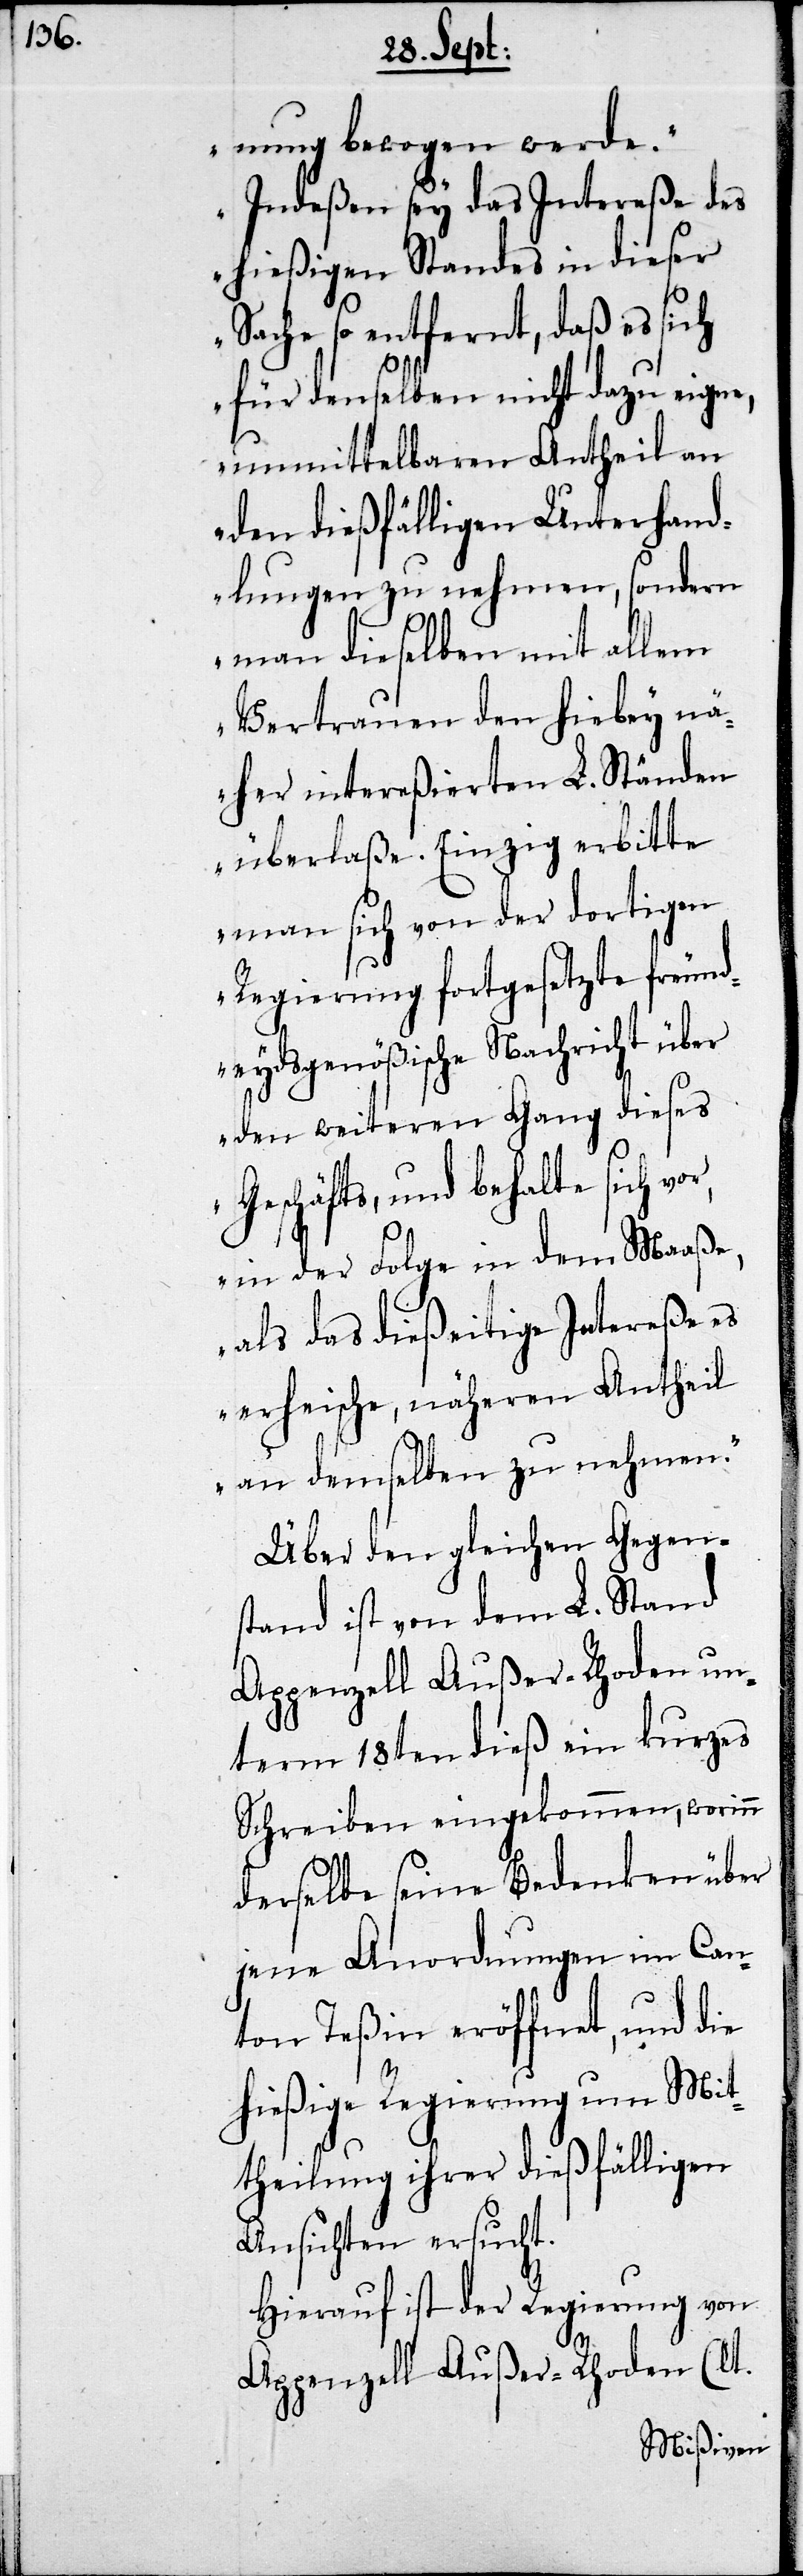
nung bewogen werde.
Indeßen sey das Intereße des
r,
hießigen Standes in dieser
Sache so entfernt, daß es sich
für denselben nicht dazu eigne,
unmittelbaren Antheil an
den dießfälligen Unterhand¬
lungen zu nehmen, sondern
man dieselben mit allem
Vertrauen den hiebey nä¬
her intereßierten L. Ständen
überlaße. Einzig erbitte
man sich von der dortigen
Regierung fortgesetzte freund¬
eydsgenößische Nachricht über
den weiteren Gang dieses
Geschäfts, und behalte sich vo¬
in der Folge in dem Maaße,
als das dießeitige Intereße es
erheische, näheren Antheil
an demselben zu nehmen.“
Über den gleichen Gegens¬
tand ist von dem L. Stand
Appenzell Außer-Rhoden un¬
term 18ten dieß ein kurzes
Schrieben eingekommen, worinn
derselbe seine Bedenken über
jene Anordnungen im Can¬
ton Teßin eröffnet, und die
hießige Regierung um Mit¬
theilung ihrer dießfälligen
Ansichten ersucht.
Hierauf ist der Regierung von
Appenzell Außer-Rhoden (lt.